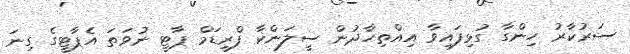
ސަރުކާރު ހިންގާ ގުޅިފައިވާ އިއްތިހާދުން ސީލަންކާ ފްރީޑަމް ޕާޓީ ނުވަތަ އެޕާޓީގެ ގިނަ